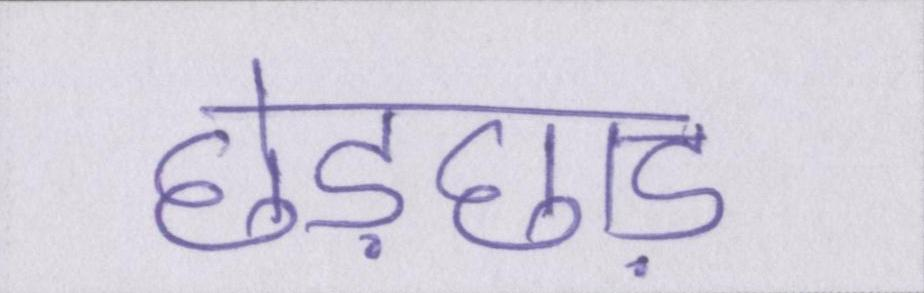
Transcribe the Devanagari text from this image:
छेड़छाड़